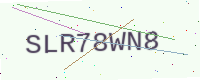
Text: SLR78WN8